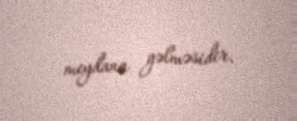
meydana gəlməsidir.